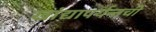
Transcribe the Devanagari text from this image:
खांद्यापर्यन्तची